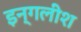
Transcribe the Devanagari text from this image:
इन्गलीश